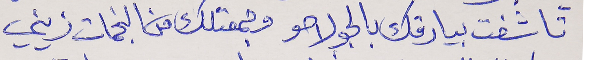
تاشفت بيارقك بالجو لاحو     وجمعتلك من النجمات زيني